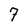
Character: 7